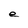
Character: e